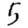
Digit: 5